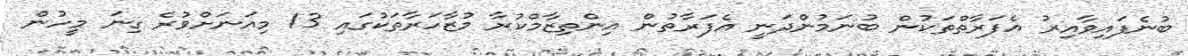
ބުނެފައިވާއިރު އެފަރާތްތަކުން ބުނަމުންދަނީ އެފަރާތުން އިންތިޒާމްކުރާ މުޒާހަރާތަކުގައި 13 މިއަނަށްވުރެ ގިނަ މީހުން